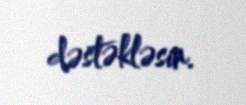
dəstəkləsin.